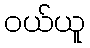
ဝယ်ယူ